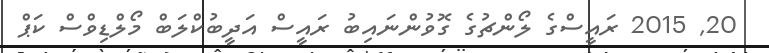
20